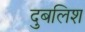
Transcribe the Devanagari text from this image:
दुबलिश